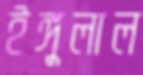
ইঙ্গুলাল